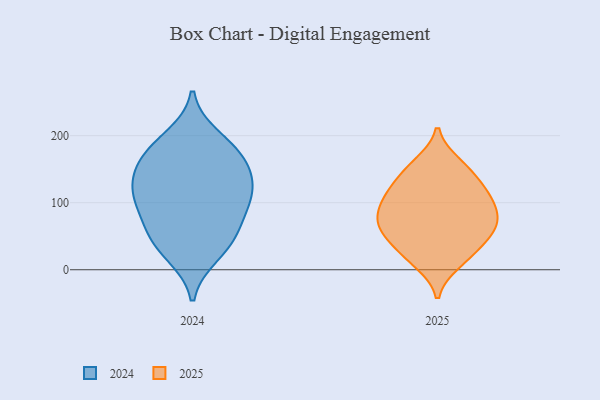
{"axis": {"x": "Customer Acquisition Cost (USD)", "y": "Value"}, "legend": ["2024", "2025"], "data": [{"x": "", "y": 52, "type": "2025"}, {"x": "", "y": 158, "type": "2025"}, {"x": "", "y": 56, "type": "2025"}, {"x": "", "y": 116, "type": "2025"}, {"x": "", "y": 100, "type": "2025"}, {"x": "", "y": 68, "type": "2025"}, {"x": "", "y": 20, "type": "2025"}, {"x": "", "y": 142, "type": "2025"}, {"x": "", "y": 27, "type": "2025"}, {"x": "", "y": 151, "type": "2025"}, {"x": "", "y": 82, "type": "2025"}, {"x": "", "y": 89, "type": "2025"}, {"x": "", "y": 112, "type": "2025"}, {"x": "", "y": 11, "type": "2025"}, {"x": "", "y": 71, "type": "2025"}, {"x": "", "y": 57, "type": "2025"}, {"x": "", "y": 114, "type": "2025"}, {"x": "", "y": 103, "type": "2024"}, {"x": "", "y": 197, "type": "2024"}, {"x": "", "y": 132, "type": "2024"}, {"x": "", "y": 51, "type": "2024"}, {"x": "", "y": 93, "type": "2024"}, {"x": "", "y": 23, "type": "2024"}, {"x": "", "y": 37, "type": "2024"}, {"x": "", "y": 134, "type": "2024"}, {"x": "", "y": 175, "type": "2024"}, {"x": "", "y": 60, "type": "2024"}, {"x": "", "y": 172, "type": "2024"}, {"x": "", "y": 166, "type": "2024"}, {"x": "", "y": 100, "type": "2024"}, {"x": "", "y": 126, "type": "2024"}]}